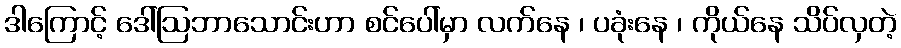
ဒါကြောင့် ဒေါ်ဩဘာသောင်းဟာ စင်ပေါ်မှာ လက်နေ ၊ ပခုံးနေ ၊ ကိုယ်နေ သိပ်လှတဲ့